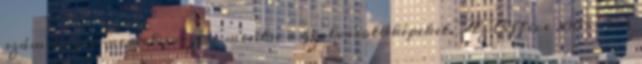
számítógép merevlemezére mentse a beolvasott képeket. Az Office 2007-ben